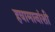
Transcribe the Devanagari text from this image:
हवामानांशी